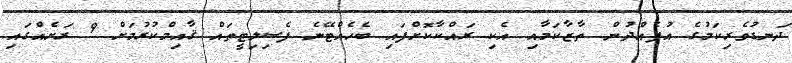
ދަނޑުވެރިކަމުގެ އުފެއްދުން ތާޒާކަމާއި އެކި ރައްކާކޮށްފައި ބެހެއްޓޭނެ ފެސިލިޓީތައް ޤާއިމްކުރުމަށް 9 ރަށެއްގައި